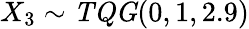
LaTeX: X_{3}\sim\mathit{TQG}(0,1,2.9)